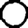
Digit: 0